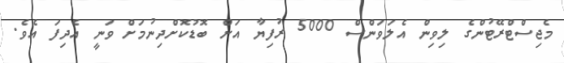
މެޖިސްޓްރޭޓުންގެ ލިވިން އެލަވަންސް 5000 ރުފިޔާ އަށް ބޮޑުކޮށްދިނުމަށް ވަނީ އެދިފަ އެވެ.